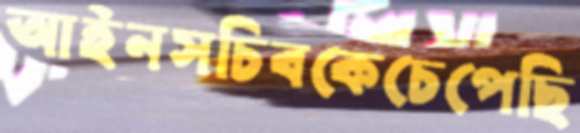
আইনসচিবকেচেপেছি